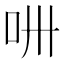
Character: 𠯢